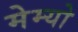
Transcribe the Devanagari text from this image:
मेम्यो